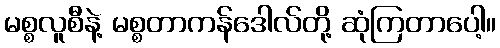
မစ္စလူစီနဲ့ မစ္စတာကန်ဒေါလ်တို့ ဆုံကြတာပေါ့။